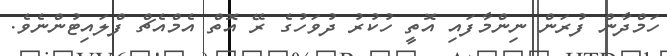
ހަމްދާން ފުރަން ނިންމާފައި އޮތީ ހުކުރު ދުވަހުގެ ރޭ އޮތް އެމްއެޗް ފްލައިޓުންނެވެ.